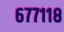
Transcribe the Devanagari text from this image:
६७७११८